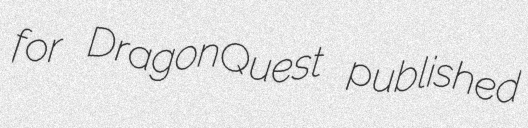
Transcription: for DragonQuest published